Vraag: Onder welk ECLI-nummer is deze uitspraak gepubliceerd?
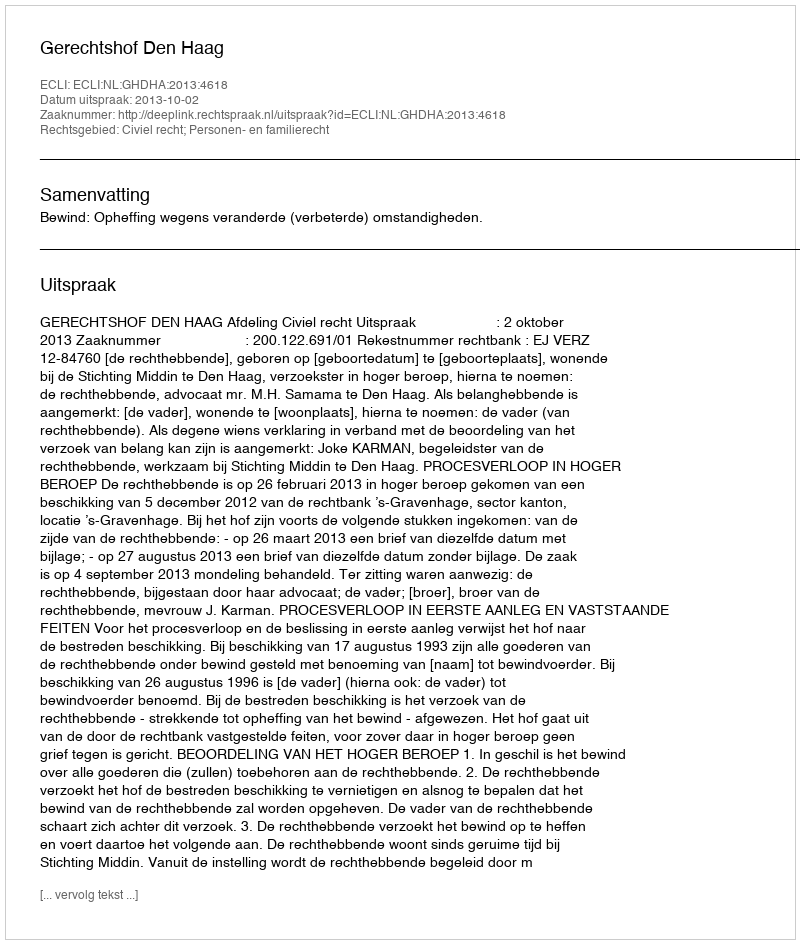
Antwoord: ECLI:NL:GHDHA:2013:4618